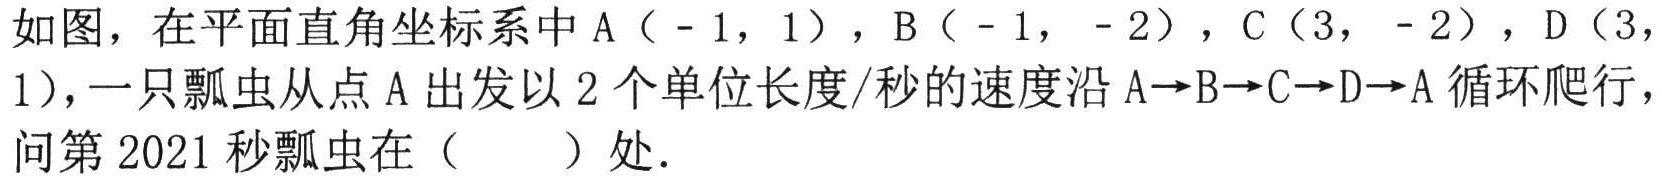
如图，在平面直角坐标系中\(A(-1,1)\)，\(B(-1,-2)\)，\(C(3,-2)\)，\(D(3,1)\)，一只瓢虫从点\(A\)出发以\(2\)个单位长度/秒的速度沿\(A\rightarrow B\rightarrow C\rightarrow D\rightarrow A\)循环爬行，问第\(2021\)秒瓢虫在（  ）处．